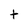
Character: t